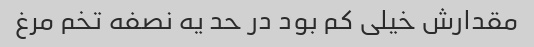
مقدارش خیلی کم بود در حد یه نصفه تخم مرغ